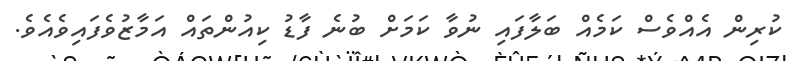
ކުރިން އެއްވެސް ކަމެއް ބަލާފައި ނުވާ ކަމަށް ބުނެ ފާޑު ކިއުންތައް އަމާޒުވެފައިވެއެވެ.